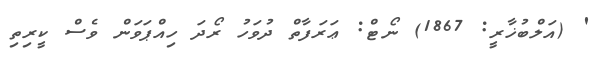
' (އަލްބުޚާރީ: 1867) ނޯޓް: ޢަރަފާތް ދުވަހު ރޯދަ ހިއްޕަވަން ވެސް ކީރިތި